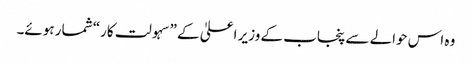
وہ اس حوالے سے پنجاب کے وزیر اعلیٰ کے ”سہولت کار“ شمار ہوئے۔